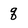
Character: q